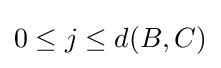
0\leq j\leq d(B,C)